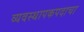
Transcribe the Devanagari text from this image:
व्यवस्थापकपदाचा